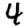
Digit: 4